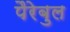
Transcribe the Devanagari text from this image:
पैरेबुल